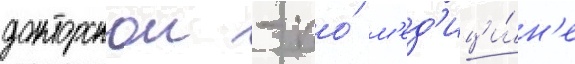
докторскои - по́ м'ед'ици́н'е